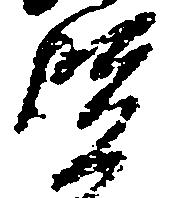
賢